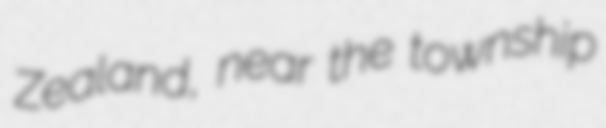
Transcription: Zealand, near the township